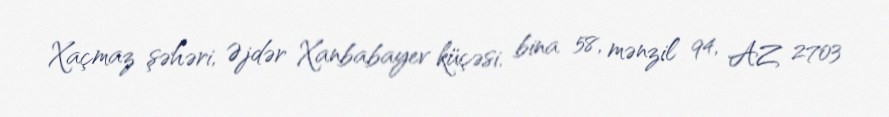
Xaçmaz şəhəri, Əjdər Xanbabayev küçəsi, bina 58, mənzil 94, AZ 2703